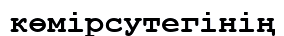
көмірсутегінің